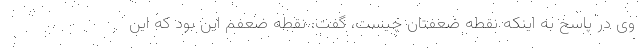
وی در پاسخ به اینکه نقطه ضعفتان چیست، گفت: نقطه ضعفم این بود که این